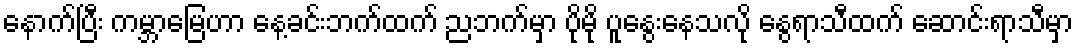
နောက်ပြီး ကမ္ဘာမြေဟာ နေ့ခင်းဘက်ထက် ညဘက်မှာ ပိုမို ပူနွေးနေသလို နွေရာသီထက် ဆောင်းရာသီမှာ